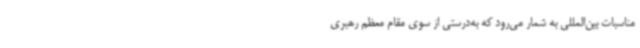
مناسبات بین‌المللی به شمار می‌رود که به‌درستی از سوی مقام معظم رهبری